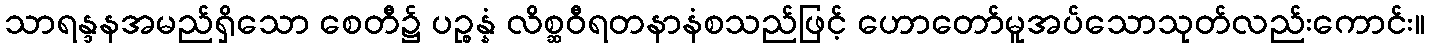
သာရန္ဒနအမည်ရှိသော စေတီ၌ ပဉ္စန္နံ လိစ္ဆဝီရတနာနံစသည်ဖြင့် ဟောတော်မူအပ်သောသုတ်လည်းကောင်း။